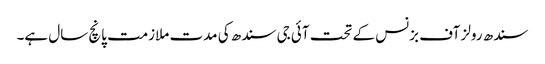
سندھ رولز آف بزنس کے تحت آئی جی سندھ کی مدت ملازمت پانچ سال ہے۔